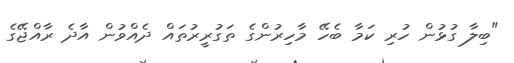
"ބިލާ ގުޅުން ހުރި ކަމާ ބެހޭ މާހިރުންގެ ތަގުރީރުތައް ދެއްވުން އާދެ ރާއްޖޭގެ